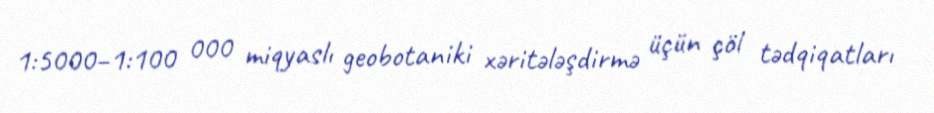
1:5000–1:100 000 miqyaslı geobotaniki xəritələşdirmə üçün çöl tədqiqatları